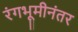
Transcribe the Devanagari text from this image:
रंगभूमीनंतर